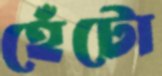
হেঁটো